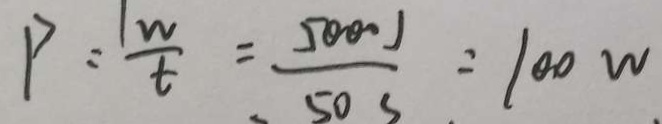
P = \frac { 1 W } { t } = \frac { 5 0 0 0 J } { 5 0 s } = 1 0 0 w .